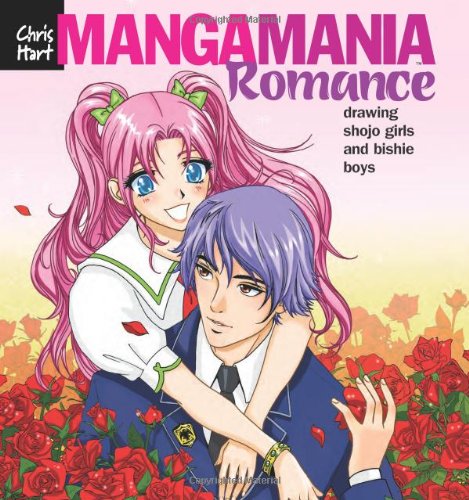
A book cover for Manga ManiaEE¢: Romance: Drawing Shojo Girls and Bishie Boys; Christopher Hart; Teen & Young Adult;